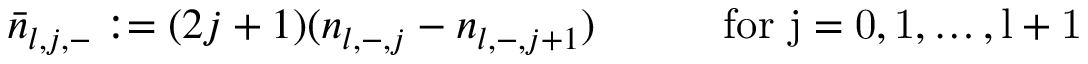
\bar { n } _ { l , j , - } : = ( 2 j + 1 ) ( n _ { l , - , j } - n _ { l , - , j + 1 } ) \qquad \quad \mathrm { f o r ~ j = 0 , 1 , \dots , l + 1 ~ }